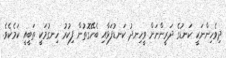
ދިވެހިންނަކީ ކަނޑުގެ ދަރީންނަށް ވީހިނދު ކަނޑުފަޅާއި ބެހޭގޮތުން ފިކުރު ހިނގުމަކީ ތަބީއީ ކަމެކެވެ.